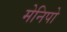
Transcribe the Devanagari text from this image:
मेनिपो